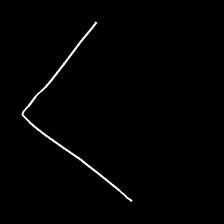
Glyph: region